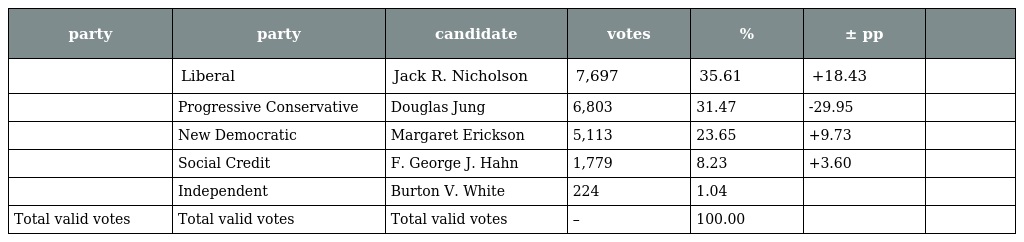
| party | party | candidate | votes | % | ± pp |  |
 | --- | --- | --- | --- | --- | --- | --- |
 |  | Liberal | Jack R. Nicholson | 7,697 | 35.61 | +18.43 |  |
 |  | Progressive Conservative | Douglas Jung | 6,803 | 31.47 | -29.95 |  |
 |  | New Democratic | Margaret Erickson | 5,113 | 23.65 | +9.73 |  |
 |  | Social Credit | F. George J. Hahn | 1,779 | 8.23 | +3.60 |  |
 |  | Independent | Burton V. White | 224 | 1.04 |  |  |
 | Total valid votes | Total valid votes | Total valid votes | – | 100.00 |  |  |